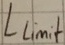
Text: Llimit